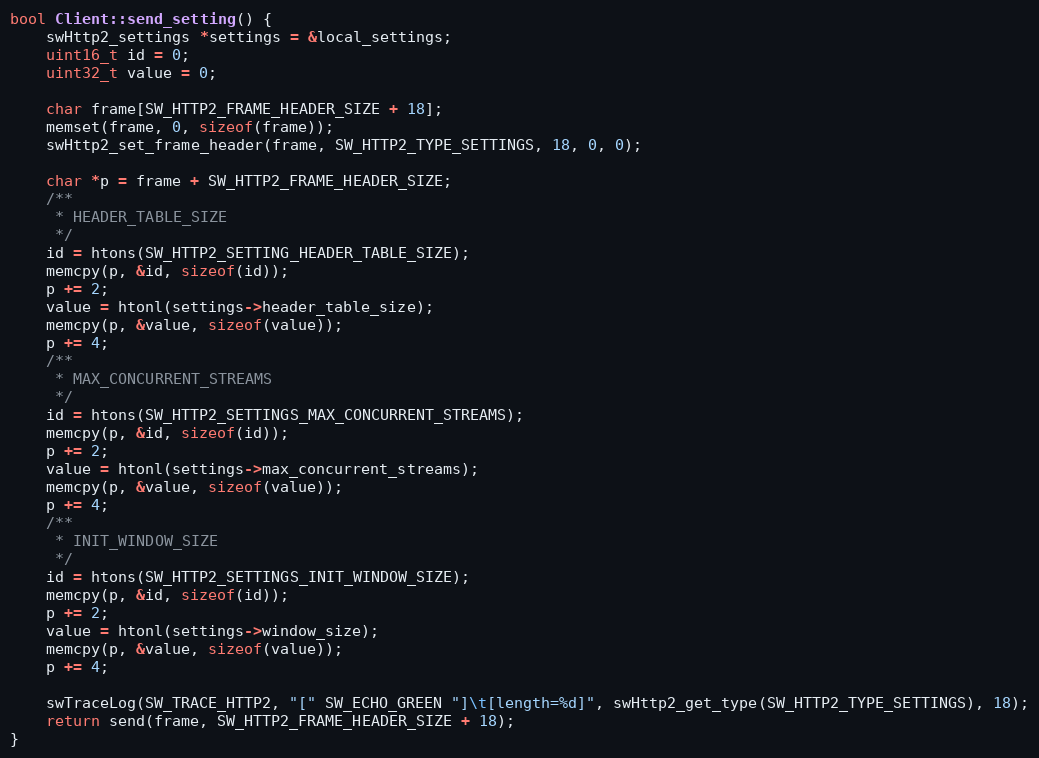
Language: C++
bool Client::send_setting() {
    swHttp2_settings *settings = &local_settings;
    uint16_t id = 0;
    uint32_t value = 0;

    char frame[SW_HTTP2_FRAME_HEADER_SIZE + 18];
    memset(frame, 0, sizeof(frame));
    swHttp2_set_frame_header(frame, SW_HTTP2_TYPE_SETTINGS, 18, 0, 0);

    char *p = frame + SW_HTTP2_FRAME_HEADER_SIZE;
    /**
     * HEADER_TABLE_SIZE
     */
    id = htons(SW_HTTP2_SETTING_HEADER_TABLE_SIZE);
    memcpy(p, &id, sizeof(id));
    p += 2;
    value = htonl(settings->header_table_size);
    memcpy(p, &value, sizeof(value));
    p += 4;
    /**
     * MAX_CONCURRENT_STREAMS
     */
    id = htons(SW_HTTP2_SETTINGS_MAX_CONCURRENT_STREAMS);
    memcpy(p, &id, sizeof(id));
    p += 2;
    value = htonl(settings->max_concurrent_streams);
    memcpy(p, &value, sizeof(value));
    p += 4;
    /**
     * INIT_WINDOW_SIZE
     */
    id = htons(SW_HTTP2_SETTINGS_INIT_WINDOW_SIZE);
    memcpy(p, &id, sizeof(id));
    p += 2;
    value = htonl(settings->window_size);
    memcpy(p, &value, sizeof(value));
    p += 4;

    swTraceLog(SW_TRACE_HTTP2, "[" SW_ECHO_GREEN "]\t[length=%d]", swHttp2_get_type(SW_HTTP2_TYPE_SETTINGS), 18);
    return send(frame, SW_HTTP2_FRAME_HEADER_SIZE + 18);
}